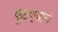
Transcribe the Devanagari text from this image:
फुटण्याचे